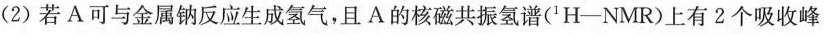
(2)若A可与金属钠反应生成氢气，且A的核磁共振氢谱(1H-NMR)上有2个吸收峰(化学环境不同的氢有两种)，请写出A的结构简式。